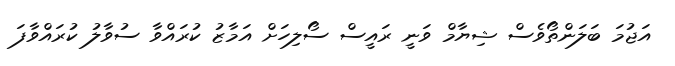
އަޖުމަ ބަލަންތޯވެސް ޝިޔާމް ވަނީ ރައީސް ސޯލިހަށް އަމާޒު ކުރައްވާ ސުވާލު ކުރައްވާފަ